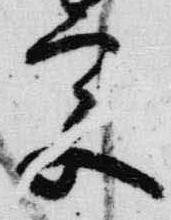
宮